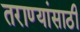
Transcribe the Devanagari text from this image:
तराण्यांसाठी